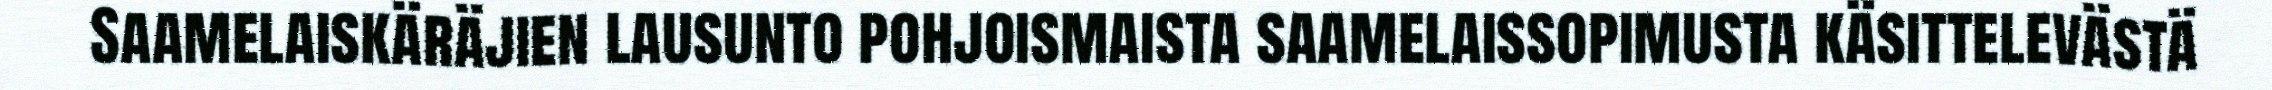
Saamelaiskäräjien lausunto pohjoismaista saamelaissopimusta käsittelevästä